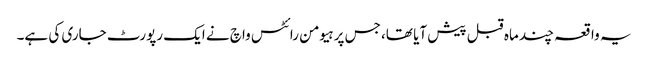
یہ واقعہ چند ماہ قبل پیش آیا تھا، جس پر ہیومن رائٹس واچ نے ایک رپورٹ جاری کی ہے۔